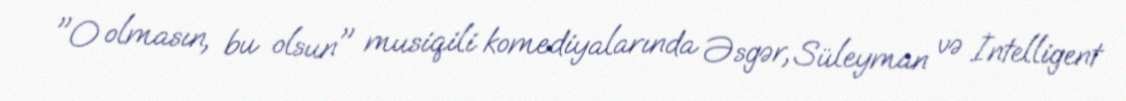
"O olmasın, bu olsun" musiqili komediyalarında Əsgər, Süleyman və İntelligent